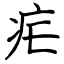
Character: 疟